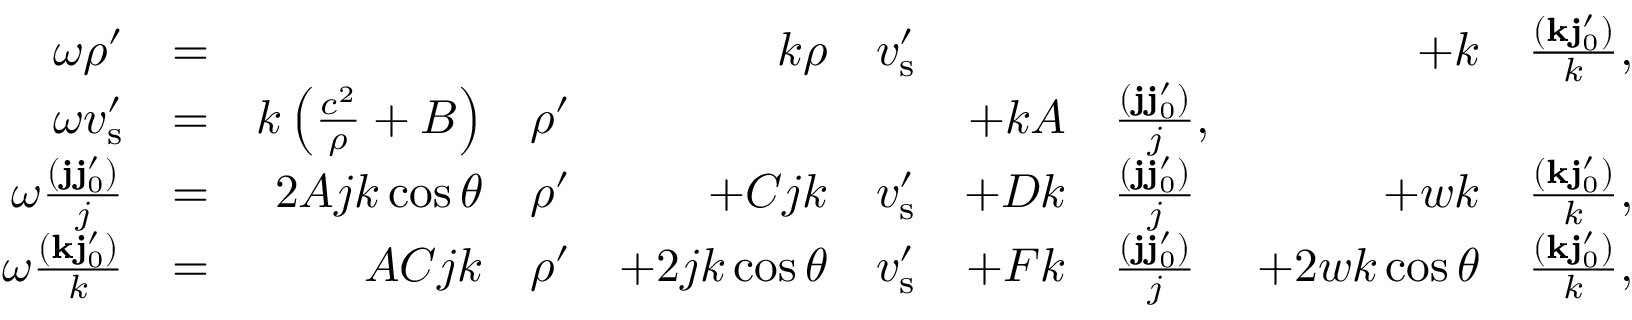
\begin{array} { r l r l r l r l r l } { \omega \ensuremath { \rho ^ { \prime } } } & { = } & & { } & { k \rho } & { \ensuremath { v _ { \mathrm { s } } ^ { \prime } } } & & { } & { + k } & { \frac { ( \ensuremath { \mathbf { k } } \ensuremath { \mathbf { j } _ { 0 } ^ { \prime } } ) } { k } , } \\ { \omega \ensuremath { v _ { \mathrm { s } } ^ { \prime } } } & { = } & { k \left( \frac { c ^ { 2 } } { \rho } + B \right) } & { \ensuremath { \rho ^ { \prime } } } & & { } & { + k A } & { \frac { ( \ensuremath { \mathbf { j } } \ensuremath { \mathbf { j } _ { 0 } ^ { \prime } } ) } { j } , } & & { } \\ { \omega \frac { ( \ensuremath { \mathbf { j } } \ensuremath { \mathbf { j } _ { 0 } ^ { \prime } } ) } { j } } & { = } & { 2 A j k \cos \theta } & { \ensuremath { \rho ^ { \prime } } } & { + C j k } & { \ensuremath { v _ { \mathrm { s } } ^ { \prime } } } & { + D k } & { \frac { ( \ensuremath { \mathbf { j } } \ensuremath { \mathbf { j } _ { 0 } ^ { \prime } } ) } { j } } & { + w k } & { \frac { ( \ensuremath { \mathbf { k } } \ensuremath { \mathbf { j } _ { 0 } ^ { \prime } } ) } { k } , } \\ { \omega \frac { ( \ensuremath { \mathbf { k } } \ensuremath { \mathbf { j } _ { 0 } ^ { \prime } } ) } { k } } & { = } & { A C j k } & { \ensuremath { \rho ^ { \prime } } } & { + 2 j k \cos \theta } & { \ensuremath { v _ { \mathrm { s } } ^ { \prime } } } & { + F k } & { \frac { ( \ensuremath { \mathbf { j } } \ensuremath { \mathbf { j } _ { 0 } ^ { \prime } } ) } { j } } & { + 2 w k \cos \theta } & { \frac { ( \ensuremath { \mathbf { k } } \ensuremath { \mathbf { j } _ { 0 } ^ { \prime } } ) } { k } , } \end{array}